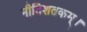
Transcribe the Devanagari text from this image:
नीतिशतकम्।